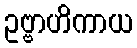
ဥဗ္ဗာဟိကာယ